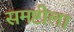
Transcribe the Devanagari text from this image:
समष्टीला